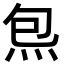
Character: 炰